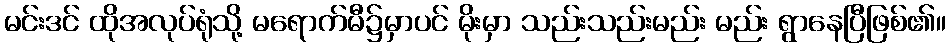
မင်းဒင် ထိုအလုပ်ရုံသို့ မရောက်မီ၌မှာပင် မိုးမှာ သည်းသည်းမည်း မည်း ရွာနေပြီဖြစ်၏။